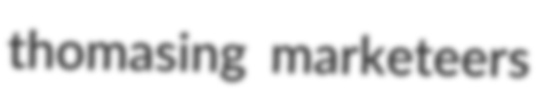
thomasing marketeers